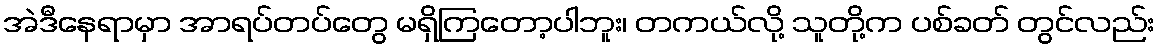
အဲဒီနေရာမှာ အာရပ်တပ်တွေ မရှိကြတော့ပါဘူး၊ တကယ်လို့ သူတို့က ပစ်ခတ် တွင်လည်း